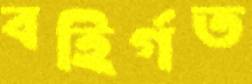
বহির্গত